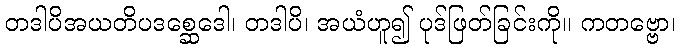
တဒါပိအယတိပဒစ္ဆေဒေါ၊ တဒါပိ၊ အယံဟူ၍ ပုဒ်ဖြတ်ခြင်းကို။ ကတဗ္ဗော၊